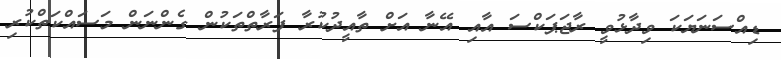
ޑިއްސަނަޔަކަ ވިދާޅުވީ ރާޖަޕަކްސަ އާއި އޭނާ އަށް ތާއީދުކުރާ ފަރާތްތަކުން ގެންނަން މަސައްކަތްކުރި